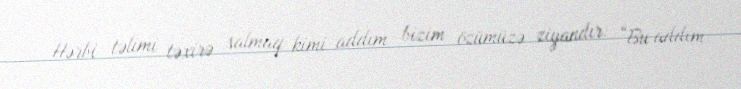
Hərbi təlimi təxirə salmaq kimi addım bizim özümüzə ziyandır: “Bu addım